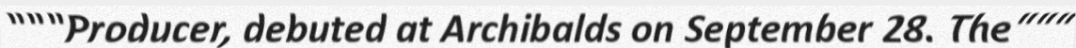
"""Producer, debuted at Archibalds on September 28. The"""